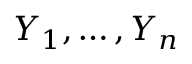
Y _ { 1 } , \dots , Y _ { n }